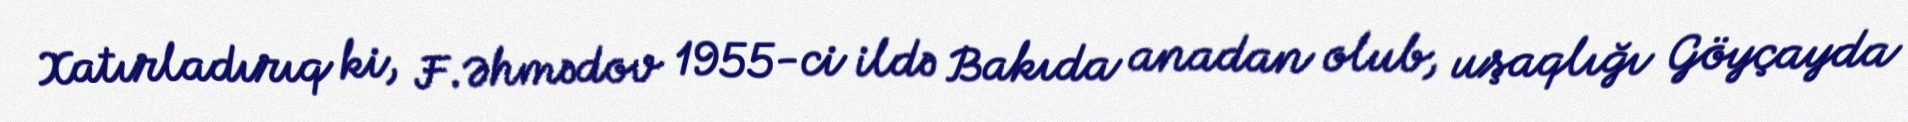
Xatırladırıq ki, F.Əhmədov 1955-ci ildə Bakıda anadan olub, uşaqlığı Göyçayda